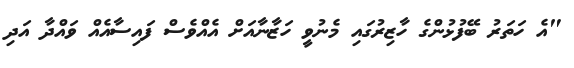
"އެ ހަތަރު ބޭފުޅުންގެ ހާޒިރުގައި މެނުވީ ހަޒާނާއަށް އެއްވެސް ފައިސާއެއް ވައްދާ އަދި